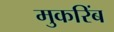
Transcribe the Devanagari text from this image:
मुकरिंब